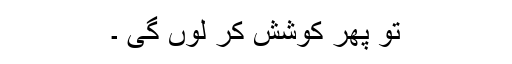
تو پھر کوشش کر لوں گی ۔